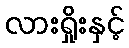
လားရှိုးနှင့်